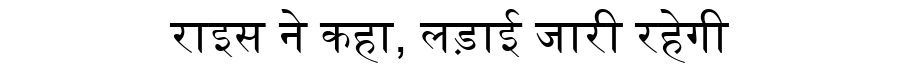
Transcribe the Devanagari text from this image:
राइस ने कहा, लड़ाई जारी रहेगी